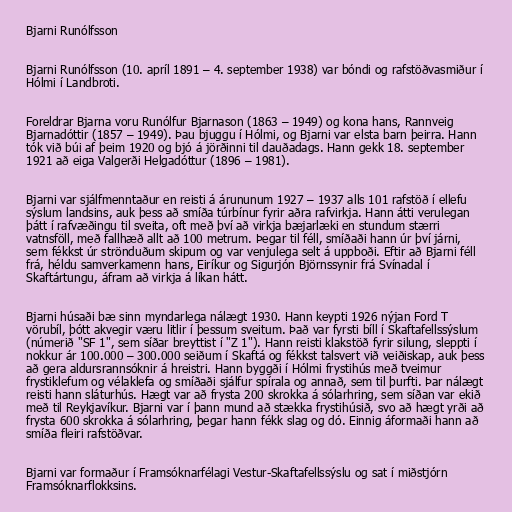
Bjarni Runólfsson

Bjarni Runólfsson (10. apríl 1891 – 4. september 1938) var bóndi og rafstöðvasmiður í
Hólmi í Landbroti.

Foreldrar Bjarna voru Runólfur Bjarnason (1863 – 1949) og kona hans, Rannveig
Bjarnadóttir (1857 – 1949). Þau bjuggu í Hólmi, og Bjarni var elsta barn þeirra. Hann
tók við búi af þeim 1920 og bjó á jörðinni til dauðadags. Hann gekk 18. september
1921 að eiga Valgerði Helgadóttur (1896 – 1981).

Bjarni var sjálfmenntaður en reisti á árununum 1927 – 1937 alls 101 rafstöð í ellefu
sýslum landsins, auk þess að smíða túrbínur fyrir aðra rafvirkja. Hann átti verulegan
þátt í rafvæðingu til sveita, oft með því að virkja bæjarlæki en stundum stærri
vatnsföll, með fallhæð allt að 100 metrum. Þegar til féll, smíðaði hann úr því járni,
sem fékkst úr strönduðum skipum og var venjulega selt á uppboði. Eftir að Bjarni féll
frá, héldu samverkamenn hans, Eiríkur og Sigurjón Björnssynir frá Svínadal í
Skaftártungu, áfram að virkja á líkan hátt.

Bjarni húsaði bæ sinn myndarlega nálægt 1930. Hann keypti 1926 nýjan Ford T
vörubíl, þótt akvegir væru litlir í þessum sveitum. Það var fyrsti bíll í Skaftafellssýslum
(númerið "SF 1", sem síðar breyttist í "Z 1"). Hann reisti klakstöð fyrir silung, sleppti í
nokkur ár 100.000 – 300.000 seiðum í Skaftá og fékkst talsvert við veiðiskap, auk þess
að gera aldursrannsóknir á hreistri. Hann byggði í Hólmi frystihús með tveimur
frystiklefum og vélaklefa og smíðaði sjálfur spírala og annað, sem til þurfti. Þar nálægt
reisti hann sláturhús. Hægt var að frysta 200 skrokka á sólarhring, sem síðan var ekið
með til Reykjavíkur. Bjarni var í þann mund að stækka frystihúsið, svo að hægt yrði að
frysta 600 skrokka á sólarhring, þegar hann fékk slag og dó. Einnig áformaði hann að
smíða fleiri rafstöðvar.

Bjarni var formaður í Framsóknarfélagi Vestur-Skaftafellssýslu og sat í miðstjórn
Framsóknarflokksins.